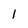
Character: l